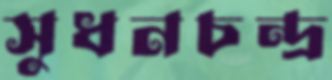
সুধনচন্দ্র